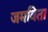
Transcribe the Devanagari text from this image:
जमविता